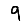
Digit: 9